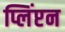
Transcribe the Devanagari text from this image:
प्लिंप्टन